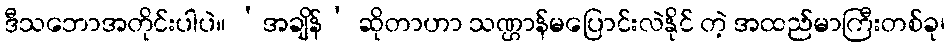
ဒီသဘောအတိုင်းပါပဲ။ ‘အချိန်’ ဆိုတာဟာ သဏ္ဌာန်မပြောင်းလဲနိုင် တဲ့ အထည်မာကြီးတစ်ခု၊